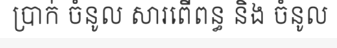
ប្រាក់ ចំនូល សារពើពន្ធ និង ចំនូល